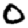
Digit: 0